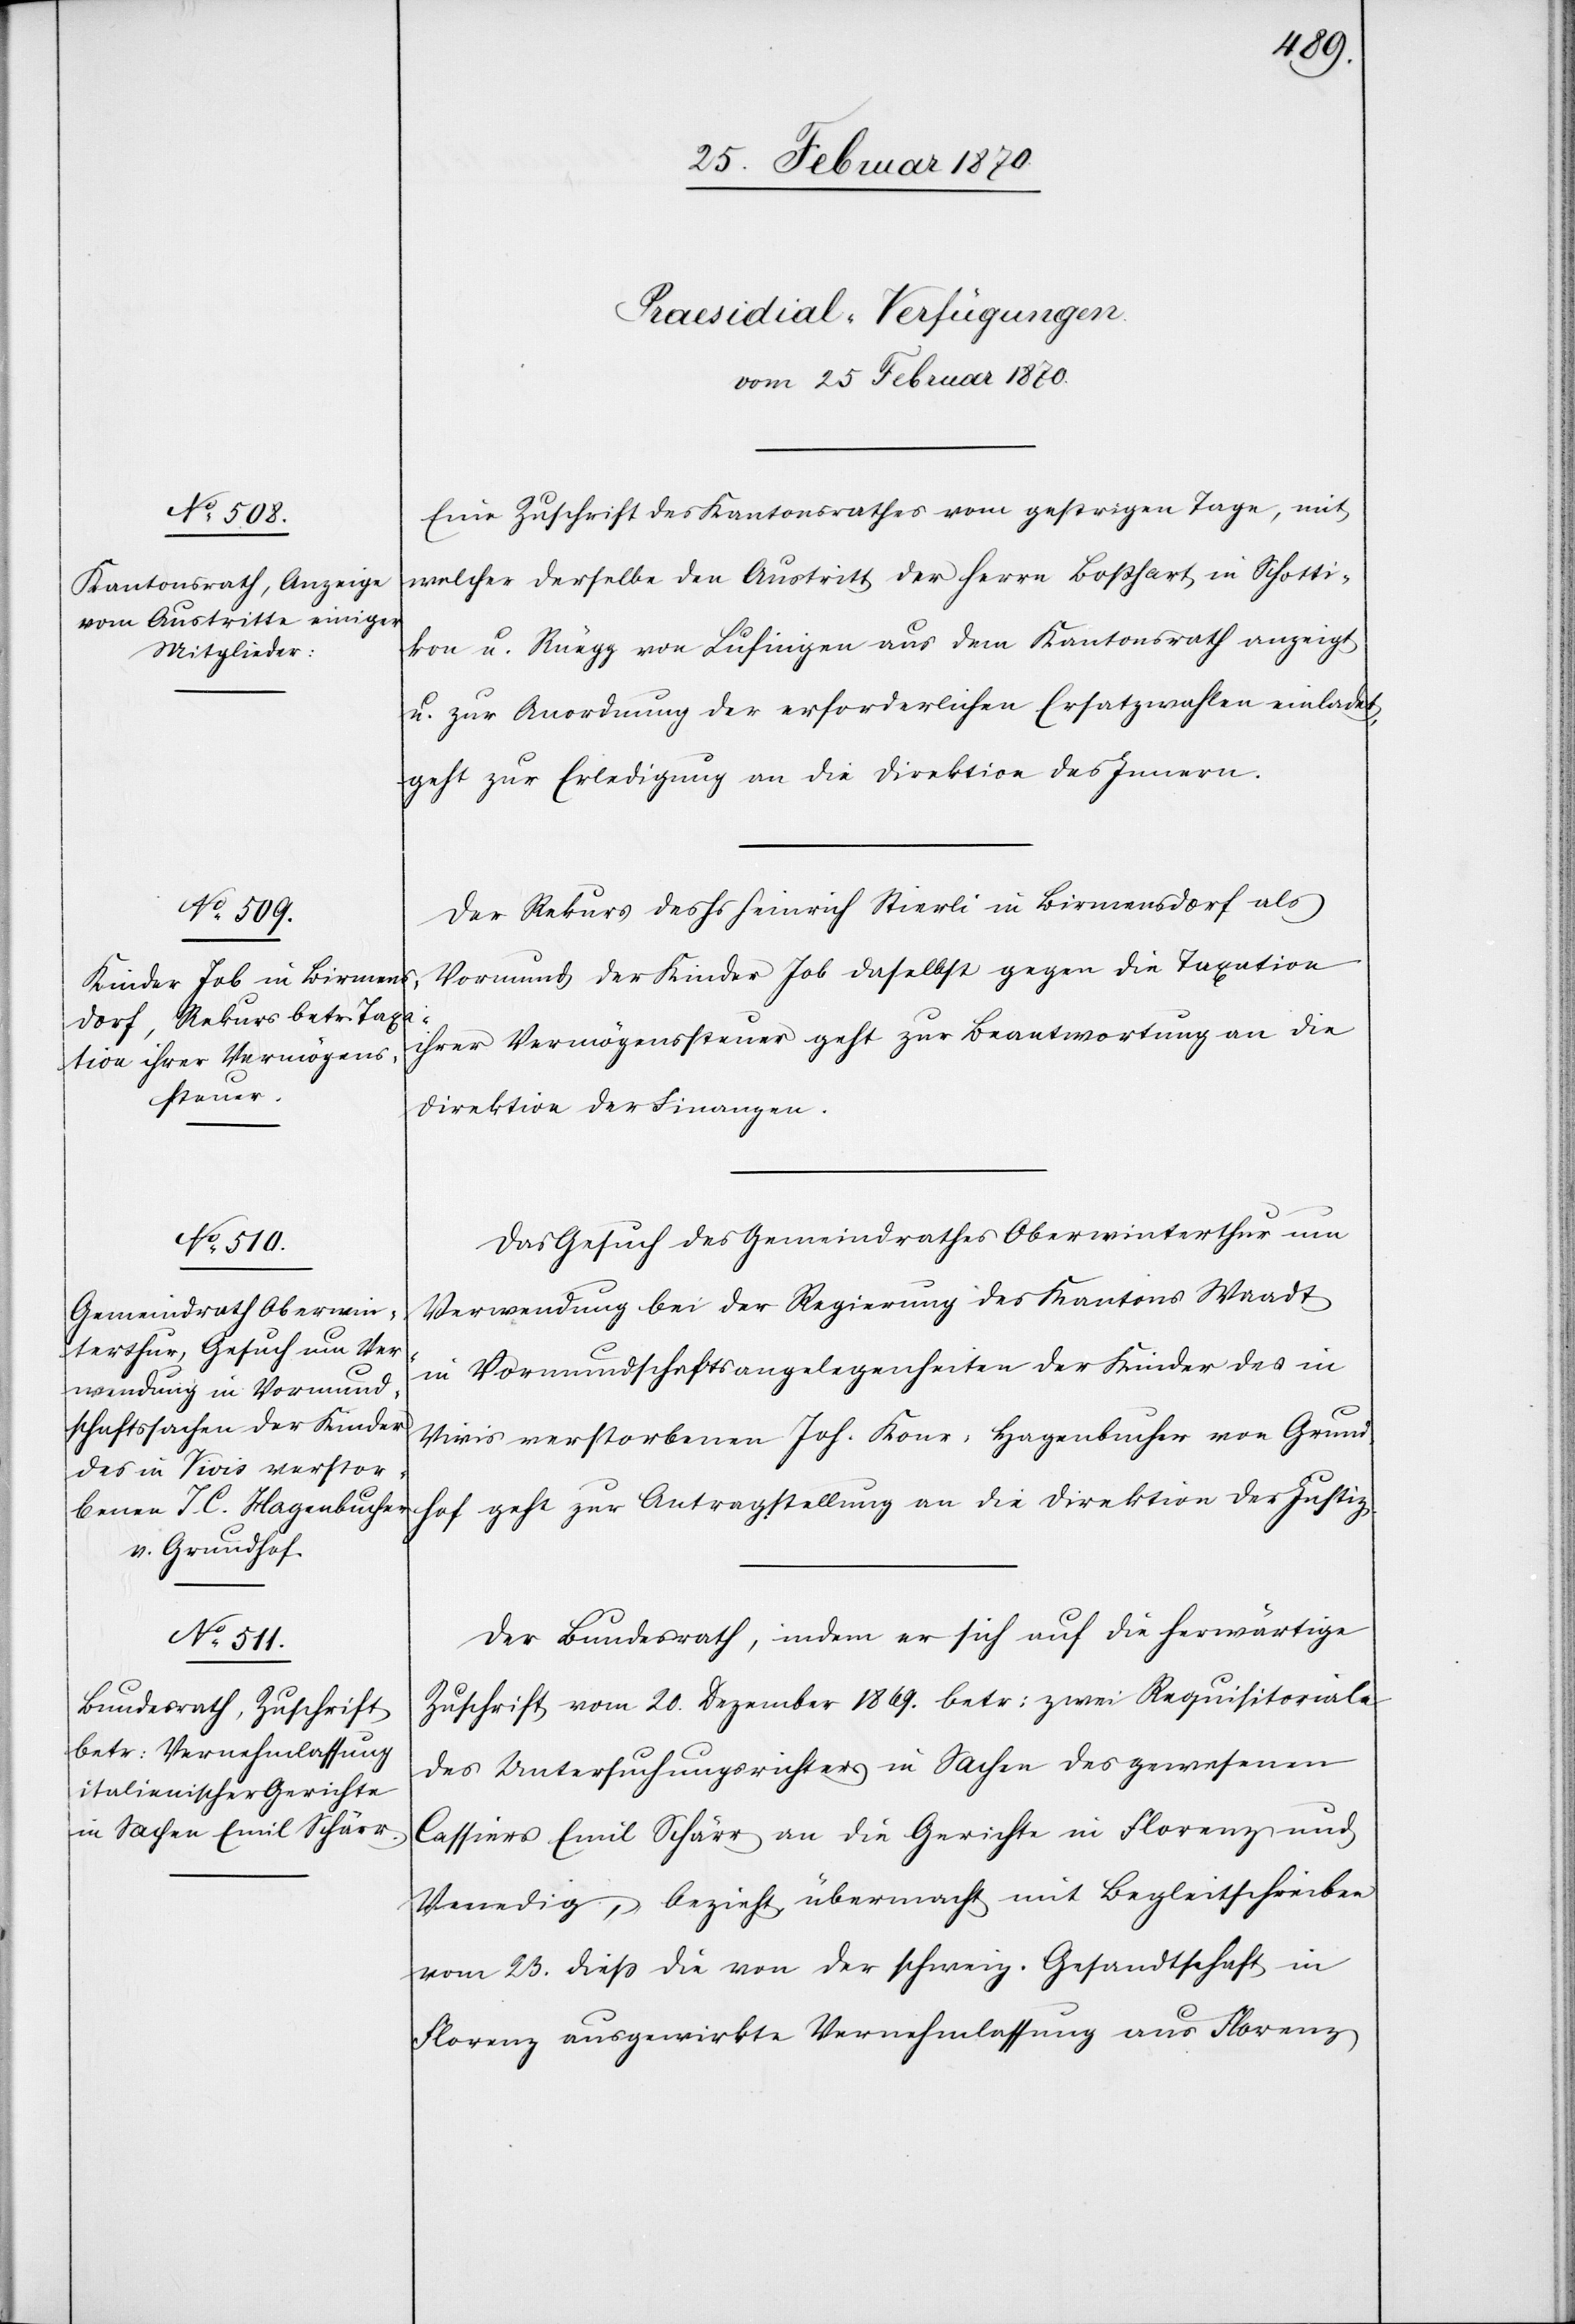
[Praesidial-Verfügungen.
vom 25 Februar 1870.]
Eine Zuschrift des Kantonsrathes vom gestrigen Tage, mit
welcher derselbe den Austritt der Herrn Boßhart in Schotti¬
kon u. Rüegg von Lufingen aus dem Kantonsrath anzeigt
u. zur Anordnung der erforderlichen Ersatzwahlen einladet,
geht zur Erledigung an die Direktion des Innern.
Der Rekurs des Hs Heinrich Stierli in Birmensdorf als
Vormund der Kinder Job daselbst gegen die Taxation
ihrer Vermögenssteuer geht zur Beantwortung an die
Direktion der Finanzen.
Das Gesuch des Gemeindrathes Oberwinterthur um
Verwendung bei der Regierung des Kantons Waadt
in Vormundschaftsangelegenheiten der Kinder des in
Vivis verstorbenen Joh. Konr. Hagenbucher von Grund¬
hof geht zur Antragstellung an die Direktion der Justiz.
Der Bundesrath, indem er sich auf die herwärtige
Zuschrift vom 20. Dezember 1869. betr: zwei Requisitoriale
des Untersuchungsrichters in Sachen des gewesenen
Cassiers Emil Schärr an die Gerichte in Florenz und
Venedig, bezieht, übermacht mit Begleitschreiben
vom 23. dieß die von der schweiz. Gesandtschaft in
Florenz ausgewirkte Vernehmlassung aus Florenz,